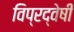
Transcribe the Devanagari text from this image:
विप्रद्वेषी